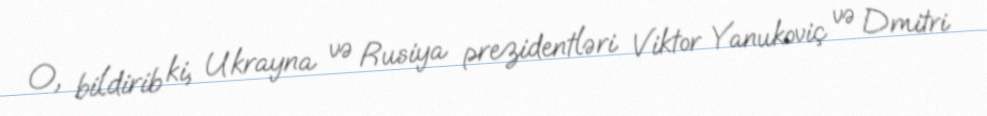
O, bildirib ki, Ukrayna və Rusiya prezidentləri Viktor Yanukoviç və Dmitri